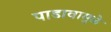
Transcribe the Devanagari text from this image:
पाडावामुळे